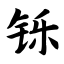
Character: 铄